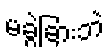
မခွဲခြားဘဲ